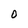
Character: 0